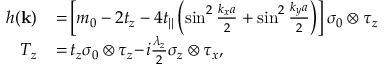
\begin{array} { r l } { h ( { \bf k } ) } & { { } \! = \! \left[ m _ { 0 } - 2 t _ { z } - 4 t _ { | | } \left( \sin ^ { 2 } \frac { k _ { x } a } { 2 } + \sin ^ { 2 } \frac { k _ { y } a } { 2 } \right) \right] \sigma _ { 0 } \otimes \tau _ { z } } \\ { T _ { z } } & { { } \! = \! t _ { z } \sigma _ { 0 } \otimes \tau _ { z } \! - \! i \frac { \lambda _ { z } } { 2 } \sigma _ { z } \otimes \tau _ { x } , } \end{array}